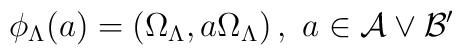
\phi _{\Lambda }(a)=\left( \Omega _{\Lambda },a\Omega _{\Lambda }\right),\,\,a\in \mathcal{A}\vee \mathcal{B}^{\prime }